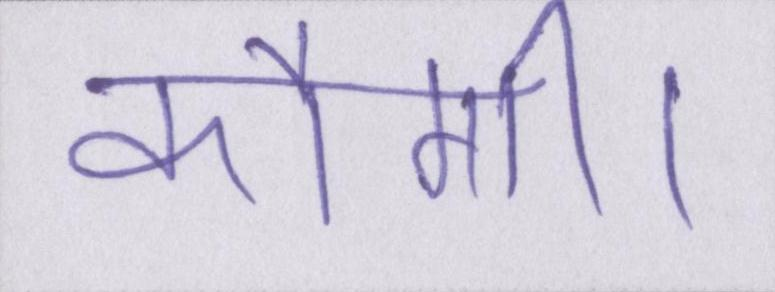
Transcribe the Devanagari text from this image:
करेंगी।